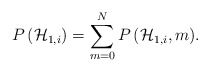
\begin{align*}P\left( { \mathcal{H} }_{ 1,i } \right) =\sum _{ m=0 }^{ N }{ P\left( { \mathcal{H} }_{ 1,i },m \right) }.\end{align*}